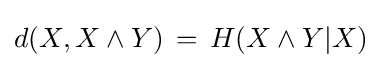
d(X,X\wedge Y)\,=\,H(X\wedge Y|X)